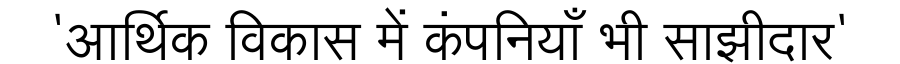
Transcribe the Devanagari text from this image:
'आर्थिक विकास में कंपनियाँ भी साझीदार'